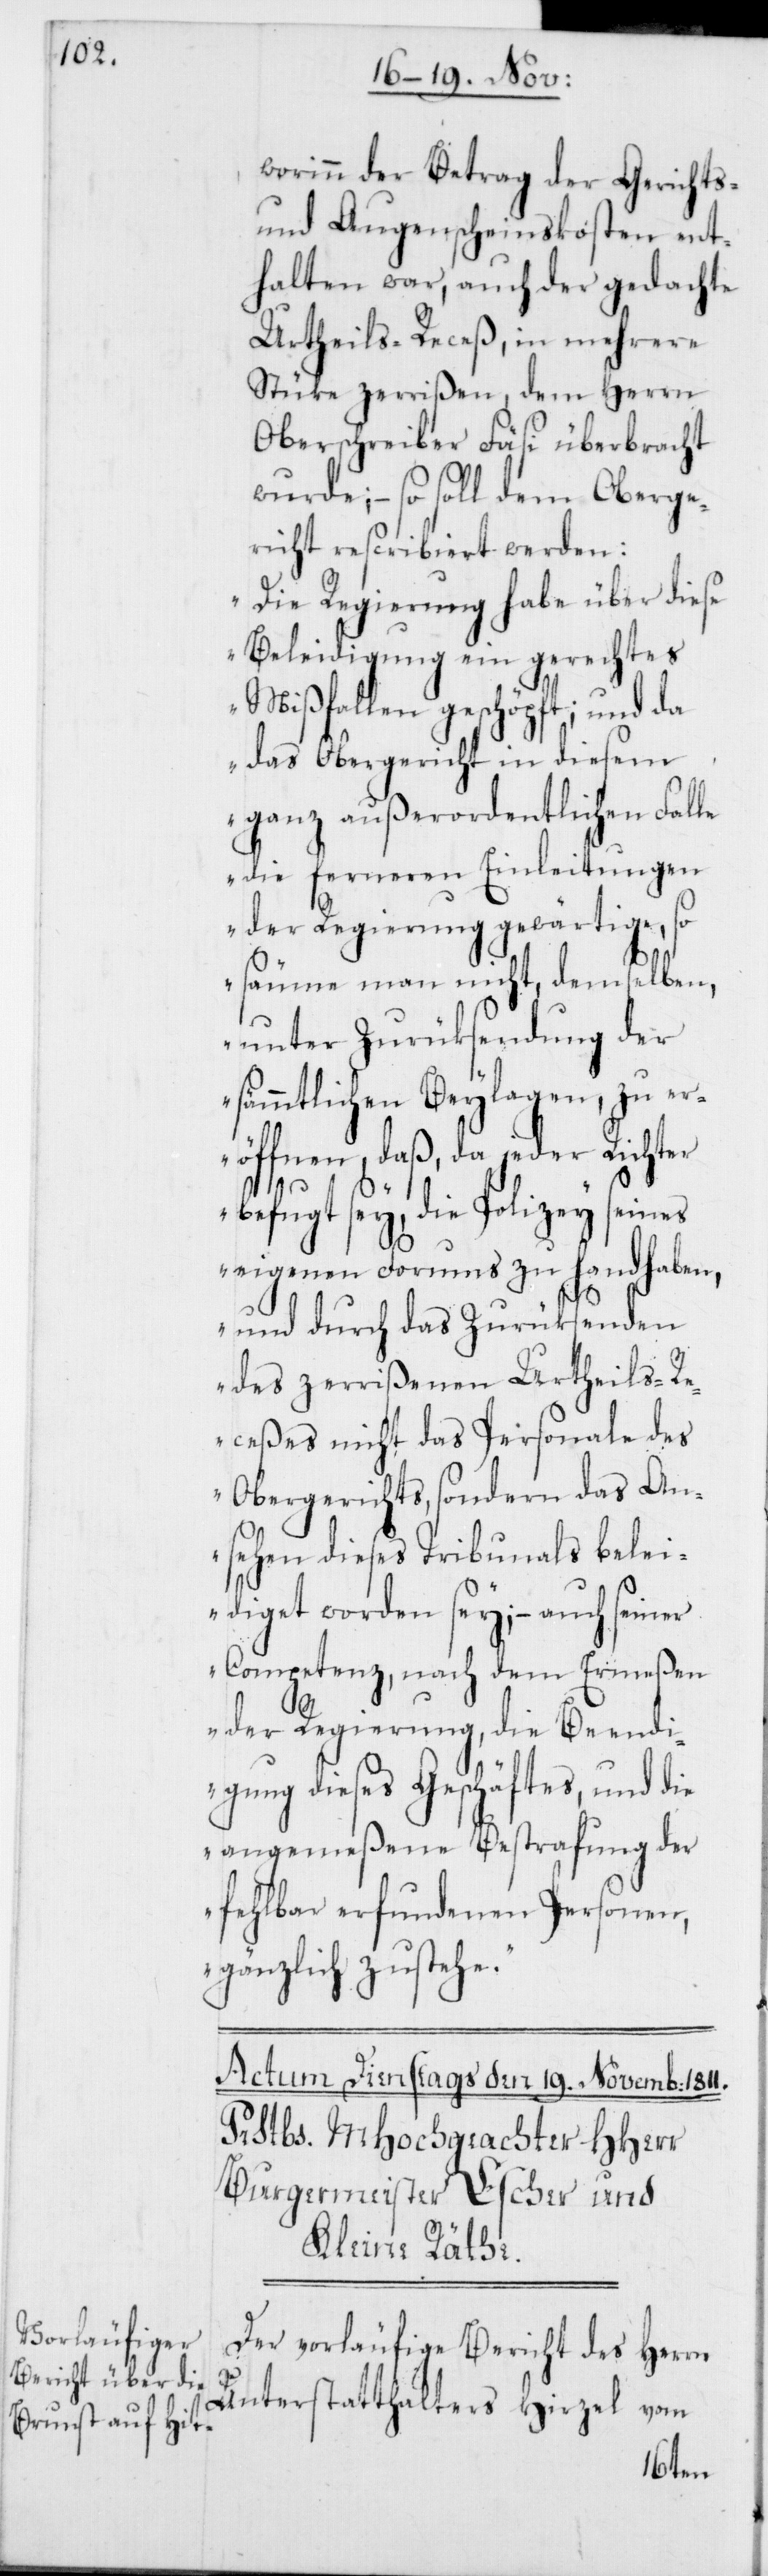
worinn der Betrag der Gerichts-
und Augenscheinskosten ent¬
halten war, auch der gedachte
Urtheils-Receß, in mehrere
Stüke zerrißen, dem Herrn
Oberschreiber Fäsi überbracht
wurde; – so soll dem Oberge¬
richt rescribiert werden:
„Die Regierung habe über diese
Beleidigung ein gerechtes
Mißfallen geschöpft; und da
das Obergericht in diesem
ganz außerordentlichen Falle
die ferneren Einleitungen
der Regierung gewärtige, so
säume man nicht, demselben,
unter Zurüksendung der
sämmtlichen Beylagen, zu er¬
öffnen, daß, da jeder Richter
befugt sey, die Polizey seines
eigenen Forums zu handhaben,
und durch das Zurüksenden
des zerrißenen Urtheils-Re¬
ceßes nicht das Personale des
Obergerichts, sondern das An¬
sehen dieses Tribunals belei¬
diget worden sey; – auch seiner
Competenz, nach dem Ermeßen
der Regierung, die Beendi¬
gung dieses Geschäftes, und die
angemeßene Bestrafung der
fehlbar erfundenen Personen,
gänzlich zustehe.“
Der vorläufige Bericht des Herrn
Unterstatthalters Hirzel vom